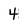
Character: 4